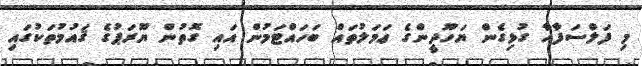
މި ފަލްސަފާއާ ގުޅިގެން ޔަހޫދީންގެ ޢަމަލުތައް ބަހައްޓަމުން އައި ގޮތުން ޔޫރަޕުގެ ޤައުމުތަކުގައި